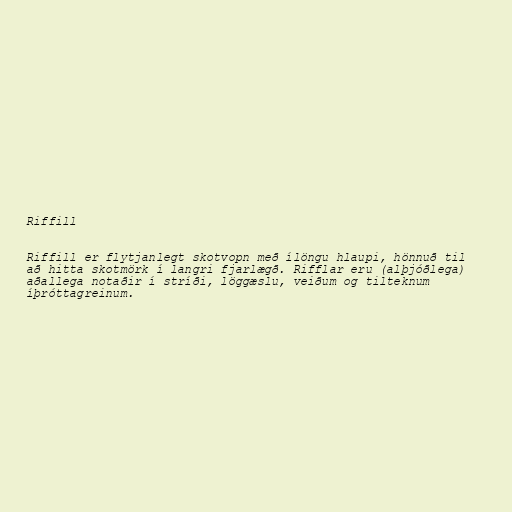
Riffill

Riffill er flytjanlegt skotvopn með ílöngu hlaupi, hönnuð til
að hitta skotmörk í langri fjarlægð. Rifflar eru (alþjóðlega)
aðallega notaðir í stríði, löggæslu, veiðum og tilteknum
íþróttagreinum.